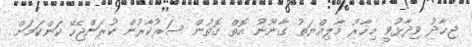
ޖިހާދު ވިދާޅުވީ މިހާރު މާލިއްޔަތު ގާނޫނު އޮތް ގޮތުން ސަރުކާރުން ކުރަންޖެހޭ ކަންކަމަށް